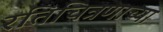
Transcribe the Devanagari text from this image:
रतिचित्रणाच्या